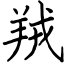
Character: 羢